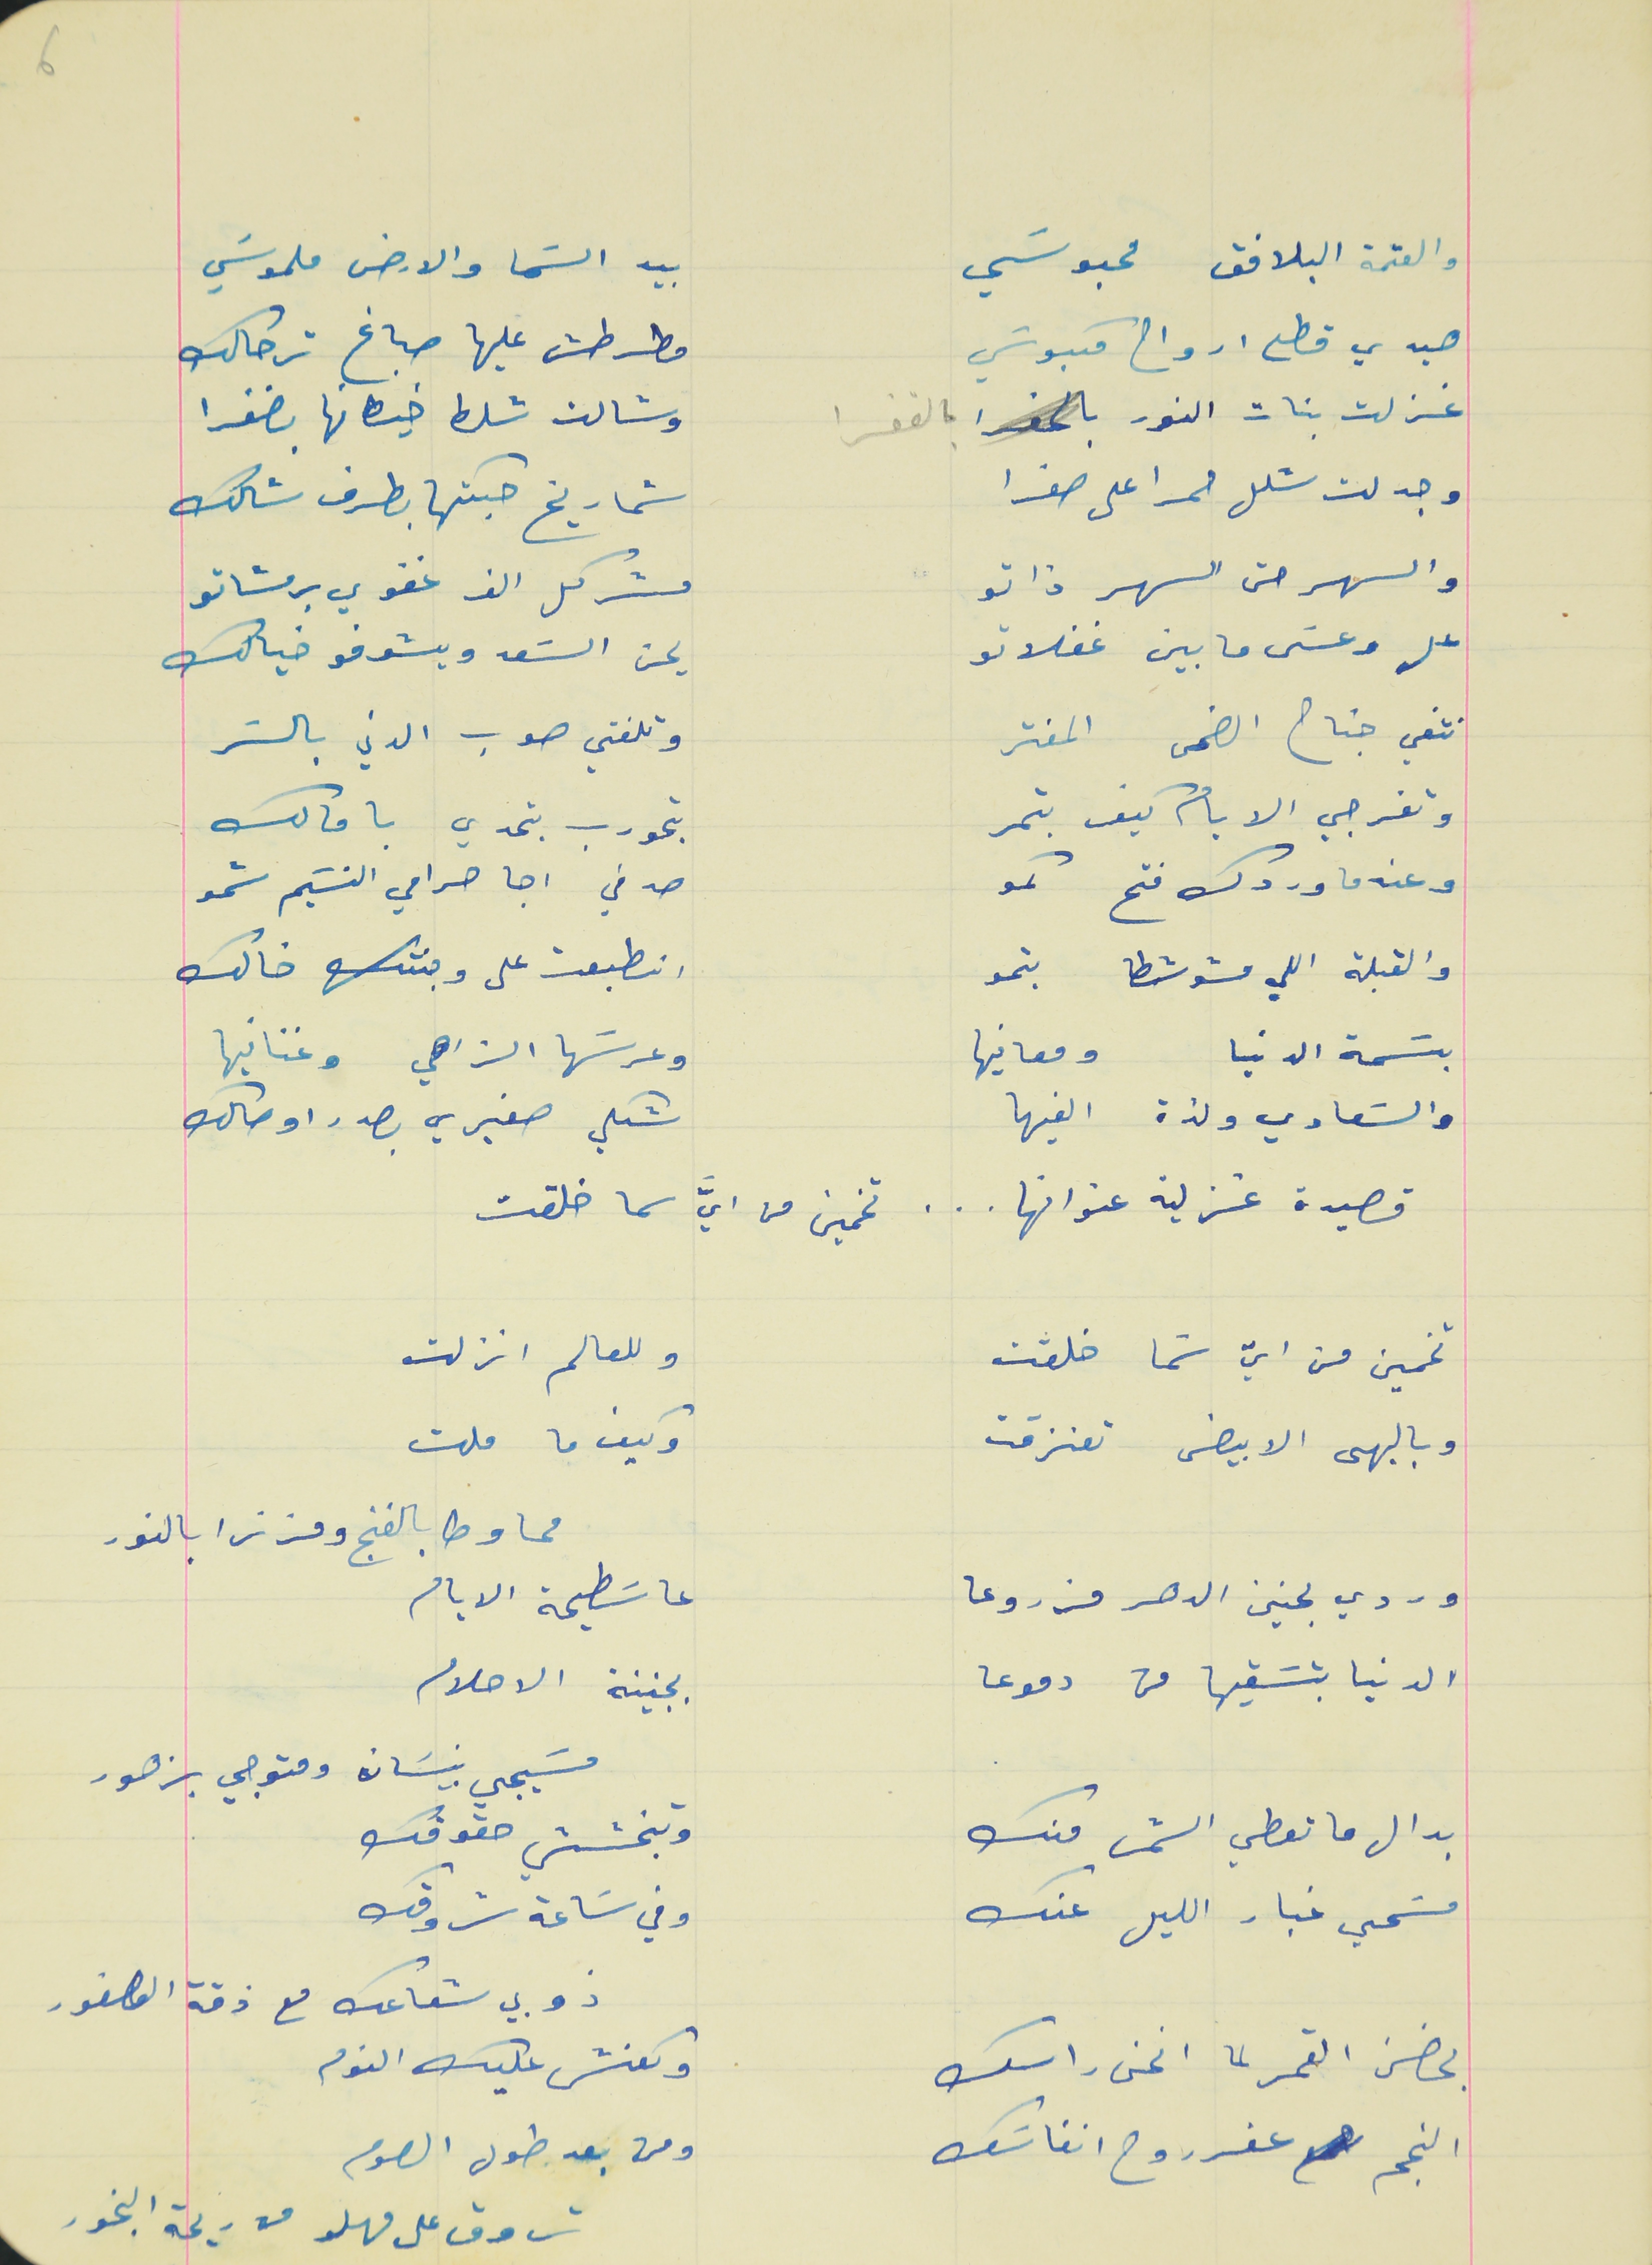
والعتمة البلافق محبوسَي                             بيد السَما والارض ملموسَي
هيدي قطع ارواح مكبوسَي                            مطرطش عليها صباغ ترحالك
غزلت بنات النور بالقفرا                                 وشالت شلط خيطانها بضفرا
وجدلت شلل حمرا على صفرا                          شماريخ حبكتها بطرف شالك
والسهر حتى السهر ذاتو                                مشركل الف غفوي برمشاتو
عل وعسَى ما بين غفلاتو                                 يحن السَعد ويشوفو خيالك
نتفي جناح الضحى المفتر                                وتلفتي صوب الدني بالسَر
وتفرجي الايام كيف بتمر                                بتحورب بتحدي بامالك
وعندما وردك فتح كمو                                     صدفي اجا حرامي النسَيم شمو
والقبلة اللي مشوشطا بتمو                             انطبعت على وجنتك خالك
بسَمة الدنيا ومعانيها                                        وعرسَها الزاهي وغنانيها
والسَعادي ولذة الفيها                                      شكلي صغيري بصدر اوصالك
قصيدة غزلية عنوانها   .   .   .   تخمين من ايََّ سما خلقت
 تخمين من ايّ سَما خلقت                               وللعالم انزلت
وبالبهى الابيض تعنزقت                                وكيف ما قلت
محاوطا بالغنج ومزنرا بالنور
وردي بحنين الدهر مزروعا                                عا سَطيحة الايام
الدنيا بتسَقيها من دموعا                                بجنينة الاحلام
 مسَيجي نيسَان ومتوجي بزهور
بدال ما تعطي الشمس منك                              وتبخششي حقوقك
مسَحي غبار الليل عنك                                         وفي سَاعة شروقك
 ذوبي شعاعك مع ذقة العصفور
بحضن القمر لما انحنى راسك                             وكعنش عليك النوم
النجم عفر روح انفاسَك                                        ومن بعد طول الصوم
تروق على مهلو من ريحة البخور
6